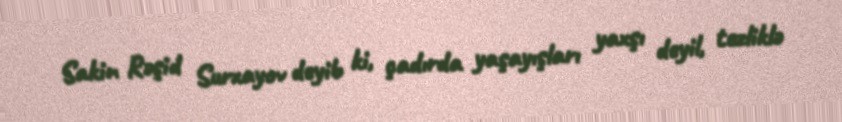
Sakin Rəşid Surxayov deyib ki, çadırda yaşayışları yaxşı deyil, tezliklə